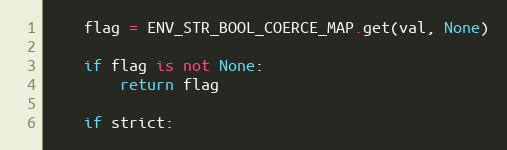
Language: Python
    flag = ENV_STR_BOOL_COERCE_MAP.get(val, None)

    if flag is not None:
        return flag

    if strict: